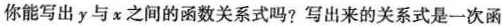
你能写出y与x之间的函数关系式吗?写出来的关系式是一次函